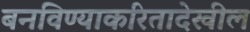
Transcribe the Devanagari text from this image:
बनविण्याकरितादेखील